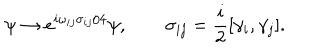
\psi \to e ^ { i \omega _ { i j } \sigma _ { i j } / 4 } \psi , \qquad \sigma _ { i j } = \frac { i } { 2 } [ \gamma _ { i } , \gamma _ { j } ] .